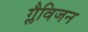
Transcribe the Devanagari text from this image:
ग्लैविजन